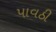
પાવઠી